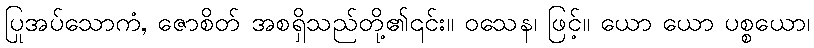
ပြုအပ်သောကံ, ဇောစိတ် အစရှိသည်တို့၏၎င်း။ ဝသေန၊ ဖြင့်။ ယော ယော ပစ္စယော၊